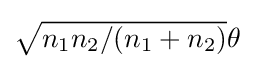
{\textstyle {\sqrt {n_{1}n_{2}/(n_{1}+n_{2})}}\theta }